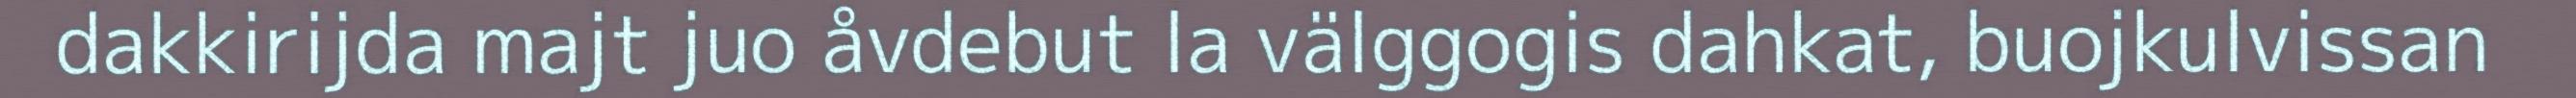
dakkirijda majt juo åvdebut la välggogis dahkat, buojkulvissan